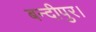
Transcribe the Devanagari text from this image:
बन्दीपुर।